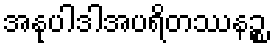
အနုပါဒါအပရိတဿနဉ္စ